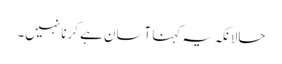
حالانکہ یہ کہنا آسان ہے کرنا نہیں۔